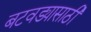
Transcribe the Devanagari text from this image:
बटवड्यासाठी